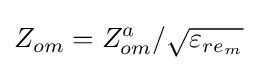
Z_{om}=Z_{om}^{a}/{\sqrt {\varepsilon _{re_{m}}}}